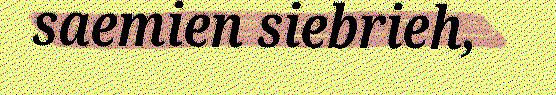
saemien siebrieh,